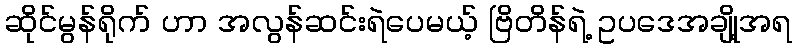
ဆိုင်မွန်ရိုက် ဟာ အလွန်ဆင်းရဲပေမယ့် ဗြိတိန်ရဲ့ ဥပဒေအချို့အရ